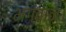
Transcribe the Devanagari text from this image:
भगवान्‌।